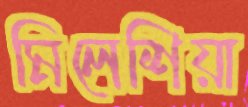
মিলেশিয়া